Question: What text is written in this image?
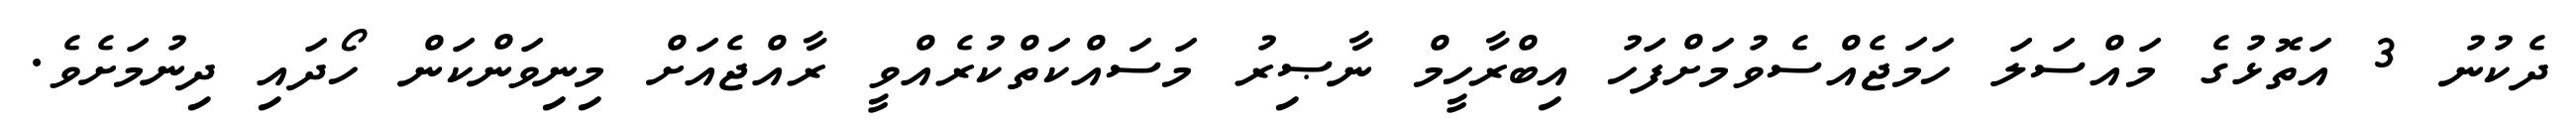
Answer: ދެކުނު 3 އަތޮޅުގެ މައްސަލަ ހަމަޖެއްސެވުމަށްފަހު އިބްރާހީމް ނާޞިރު މަސައްކަތްކުރެއްވީ ރާއްޖެއަށް މިނިވަންކަން ހޯދައި ދިނުމަށެވެ.